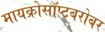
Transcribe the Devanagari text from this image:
मायक्रोसॉप्टबरोबर